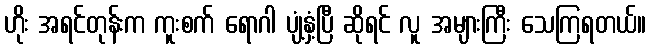
ဟိုး အရင်တုန်းက ကူးစက် ရောဂါ ပျံ့နှံ့ပြီ ဆိုရင် လူ အများကြီး သေကြရတယ်။